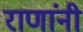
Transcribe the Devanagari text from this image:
राणांनी